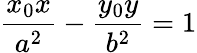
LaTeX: {\frac{x_{0}x}{a^{2}}}-{\frac{y_{0}y}{b^{2}}}=1